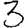
Digit: 3